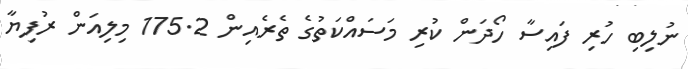
ނުލިބި ހުރި ފައިސާ ހޯދަން ކުރި މަސައްކަތުގެ ތެރެއިން 175.2 މިލިއަން ރުފިޔާ